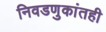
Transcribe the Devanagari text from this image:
निवडणुकांतही